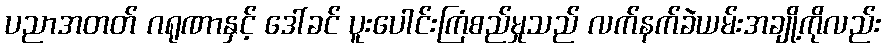
ပညာအတတ် ဂရုဏာနှင့် ဒေါ်ခင် ပူးပေါင်းကြံစည်မှုသည် လက်နက်ခဲယမ်းအချို့ကိုလည်း